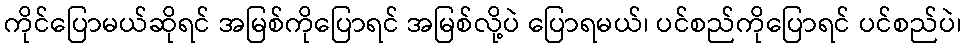
ကိုင်ပြောမယ်ဆိုရင် အမြစ်ကိုပြောရင် အမြစ်လို့ပဲ ပြောရမယ်၊ ပင်စည်ကိုပြောရင် ပင်စည်ပဲ၊